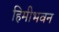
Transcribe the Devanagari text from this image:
हिमीभवन